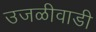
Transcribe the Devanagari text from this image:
उजळीवाडी